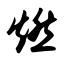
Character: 燃